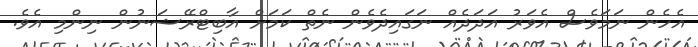
އެހެން ނަމަވެސް އެވަރު އަދަދެއް ނަގައިދެވެން ނެތް ކަމަށް އާބިޓްރޭޝަނުން ނިންމި އެވެ.